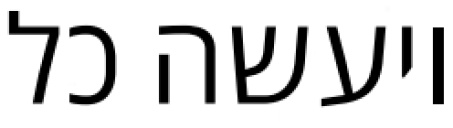
ויעשה כל